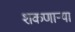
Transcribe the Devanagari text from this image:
शकणार्‍या